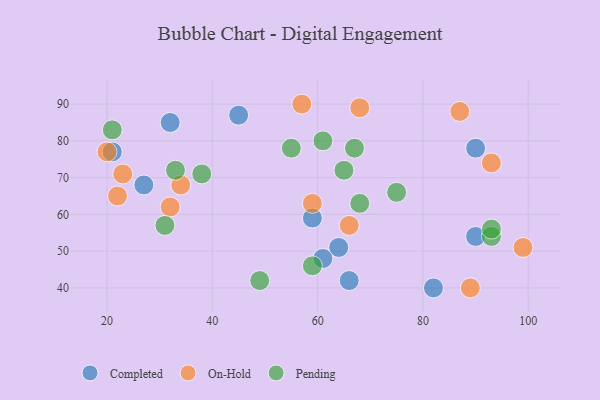
{"axis": {"x": "GDP", "y": "Life Expectancy"}, "legend": ["Completed", "On-Hold", "Pending"], "data": [{"x": "90", "y": 54, "type": "Completed"}, {"x": "66", "y": 42, "type": "Completed"}, {"x": "64", "y": 51, "type": "Completed"}, {"x": "32", "y": 85, "type": "Completed"}, {"x": "59", "y": 59, "type": "Completed"}, {"x": "61", "y": 48, "type": "Completed"}, {"x": "90", "y": 78, "type": "Completed"}, {"x": "21", "y": 77, "type": "Completed"}, {"x": "82", "y": 40, "type": "Completed"}, {"x": "45", "y": 87, "type": "Completed"}, {"x": "27", "y": 68, "type": "Completed"}, {"x": "99", "y": 51, "type": "On-Hold"}, {"x": "66", "y": 57, "type": "On-Hold"}, {"x": "57", "y": 90, "type": "On-Hold"}, {"x": "20", "y": 77, "type": "On-Hold"}, {"x": "22", "y": 65, "type": "On-Hold"}, {"x": "93", "y": 74, "type": "On-Hold"}, {"x": "89", "y": 40, "type": "On-Hold"}, {"x": "32", "y": 62, "type": "On-Hold"}, {"x": "59", "y": 63, "type": "On-Hold"}, {"x": "68", "y": 89, "type": "On-Hold"}, {"x": "87", "y": 88, "type": "On-Hold"}, {"x": "23", "y": 71, "type": "On-Hold"}, {"x": "34", "y": 68, "type": "On-Hold"}, {"x": "67", "y": 78, "type": "Pending"}, {"x": "75", "y": 66, "type": "Pending"}, {"x": "65", "y": 72, "type": "Pending"}, {"x": "93", "y": 54, "type": "Pending"}, {"x": "38", "y": 71, "type": "Pending"}, {"x": "55", "y": 78, "type": "Pending"}, {"x": "49", "y": 42, "type": "Pending"}, {"x": "59", "y": 46, "type": "Pending"}, {"x": "61", "y": 80, "type": "Pending"}, {"x": "68", "y": 63, "type": "Pending"}, {"x": "93", "y": 56, "type": "Pending"}, {"x": "31", "y": 57, "type": "Pending"}, {"x": "21", "y": 83, "type": "Pending"}, {"x": "33", "y": 72, "type": "Pending"}]}